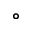
^ { \circ }